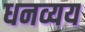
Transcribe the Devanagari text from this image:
धनव्यय